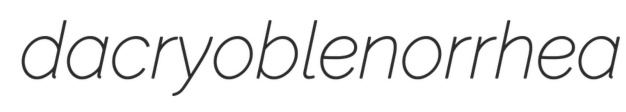
dacryoblenorrhea